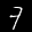
Label: 7